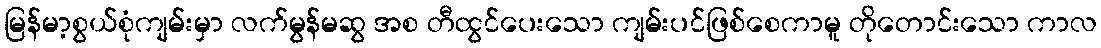
မြန်မာ့စွယ်စုံကျမ်းမှာ လက်မွန်မဆွ အစ တီထွင်ပေးသော ကျမ်းပင်ဖြစ်စေကာမူ တိုတောင်းသော ကာလ